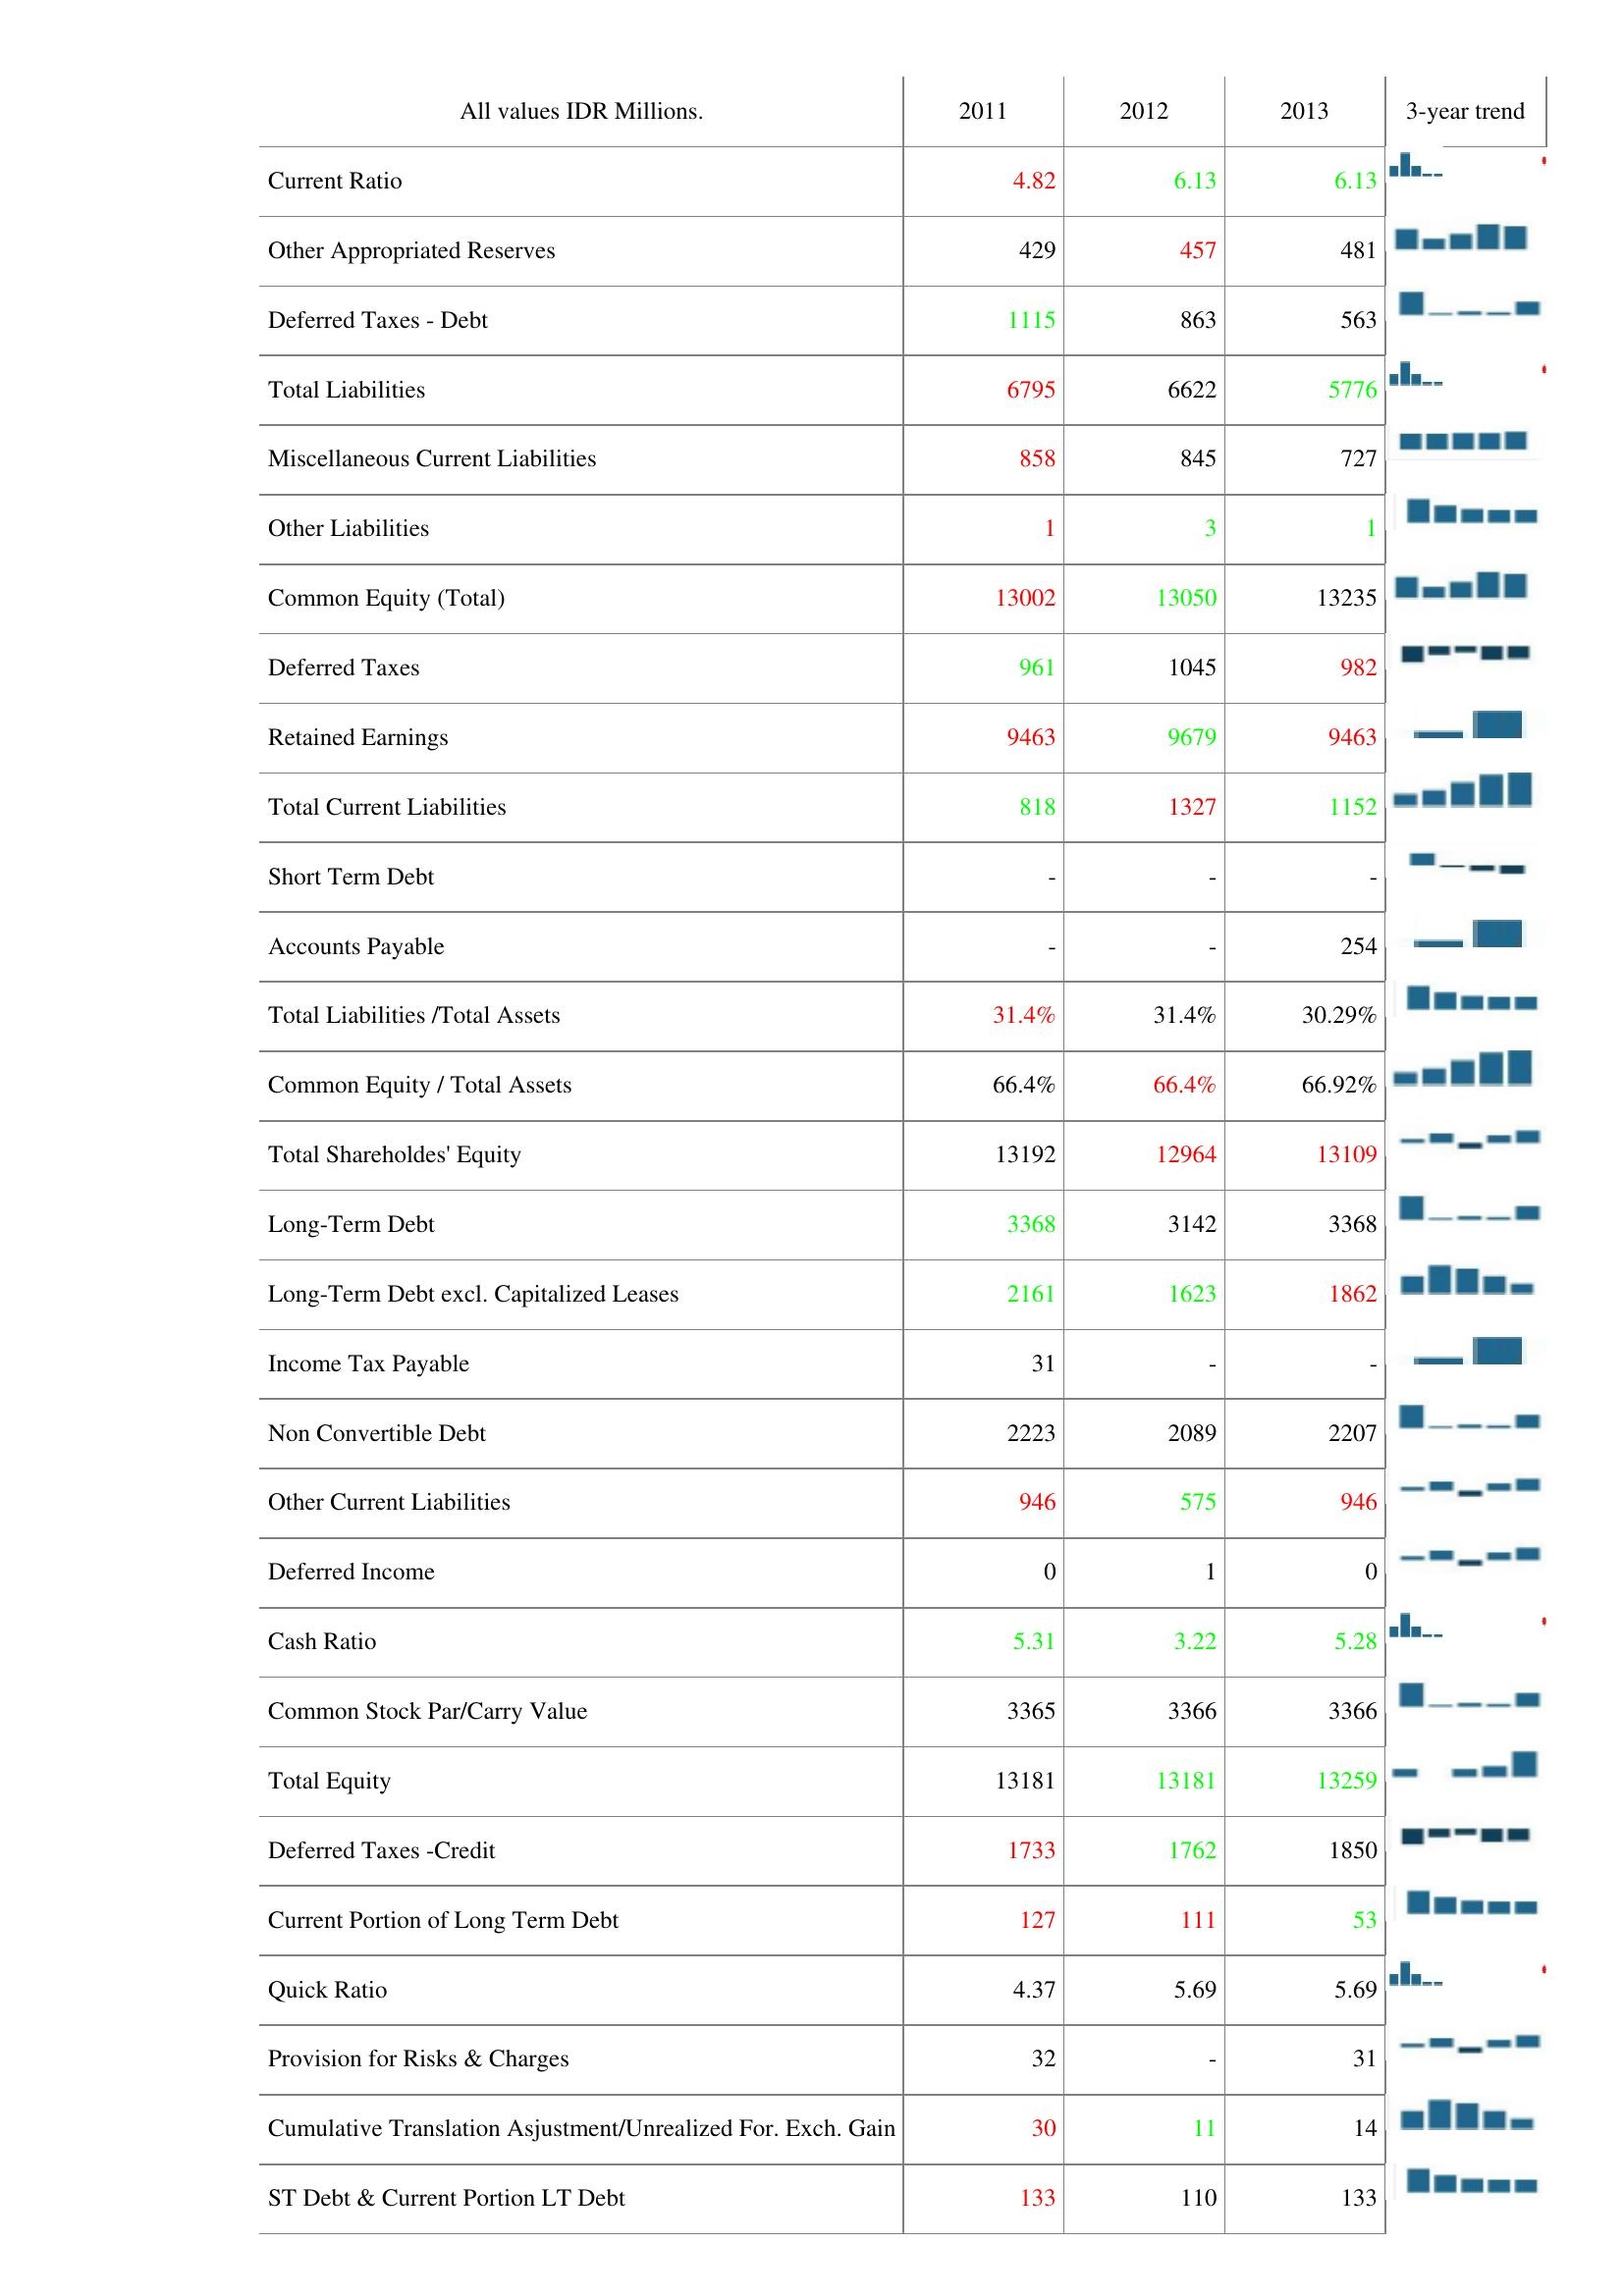
2011: Liabilities & Shareholder's Equity: Current Ratio: 4.82
Other Appropriated Reserves: 429
Deferred Taxes - Debt: 1115
Total Liabilities: 6795
Miscellaneous Current Liabilities: 858
Other Liabilities: 1
Common Equity (Total): 13002
Deferred Taxes: 961
Retained Earnings: 9463
Total Current Liabilities: 818
Short Term Debt: -
Accounts Payable: -
Total Liabilities /Total Assets: 31.4%
Common Equity / Total Assets: 66.4%
Total Shareholdes' Equity: 13192
Long-Term Debt: 3368
Long-Term Debt excl. Capitalized Leases: 2161
Income Tax Payable: 31
Non Convertible Debt: 2223
Other Current Liabilities: 946
Deferred Income: 0
Cash Ratio: 5.31
Common Stock Par/Carry Value: 3365
Total Equity: 13181
Deferred Taxes -Credit: 1733
Current Portion of Long Term Debt: 127
Quick Ratio: 4.37
Provision for Risks & Charges: 32
Cumulative Translation Asjustment/Unrealized For. Exch. Gain: 30
ST Debt & Current Portion LT Debt: 133
2012: Liabilities & Shareholder's Equity: Current Ratio: 6.13
Other Appropriated Reserves: 457
Deferred Taxes - Debt: 863
Total Liabilities: 6622
Miscellaneous Current Liabilities: 845
Other Liabilities: 3
Common Equity (Total): 13050
Deferred Taxes: 1045
Retained Earnings: 9679
Total Current Liabilities: 1327
Short Term Debt: -
Accounts Payable: -
Total Liabilities /Total Assets: 31.4%
Common Equity / Total Assets: 66.4%
Total Shareholdes' Equity: 12964
Long-Term Debt: 3142
Long-Term Debt excl. Capitalized Leases: 1623
Income Tax Payable: -
Non Convertible Debt: 2089
Other Current Liabilities: 575
Deferred Income: 1
Cash Ratio: 3.22
Common Stock Par/Carry Value: 3366
Total Equity: 13181
Deferred Taxes -Credit: 1762
Current Portion of Long Term Debt: 111
Quick Ratio: 5.69
Provision for Risks & Charges: -
Cumulative Translation Asjustment/Unrealized For. Exch. Gain: 11
ST Debt & Current Portion LT Debt: 110
2013: Liabilities & Shareholder's Equity: Current Ratio: 6.13
Other Appropriated Reserves: 481
Deferred Taxes - Debt: 563
Total Liabilities: 5776
Miscellaneous Current Liabilities: 727
Other Liabilities: 1
Common Equity (Total): 13235
Deferred Taxes: 982
Retained Earnings: 9463
Total Current Liabilities: 1152
Short Term Debt: -
Accounts Payable: 254
Total Liabilities /Total Assets: 30.29%
Common Equity / Total Assets: 66.92%
Total Shareholdes' Equity: 13109
Long-Term Debt: 3368
Long-Term Debt excl. Capitalized Leases: 1862
Income Tax Payable: -
Non Convertible Debt: 2207
Other Current Liabilities: 946
Deferred Income: 0
Cash Ratio: 5.28
Common Stock Par/Carry Value: 3366
Total Equity: 13259
Deferred Taxes -Credit: 1850
Current Portion of Long Term Debt: 53
Quick Ratio: 5.69
Provision for Risks & Charges: 31
Cumulative Translation Asjustment/Unrealized For. Exch. Gain: 14
ST Debt & Current Portion LT Debt: 133